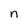
Character: n